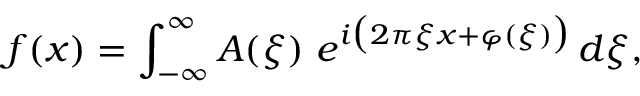
f ( x ) = \int _ { - \infty } ^ { \infty } A ( \xi ) \ e ^ { i { \bigl ( } 2 \pi \xi x + \varphi ( \xi ) { \bigr ) } } \, d \xi ,